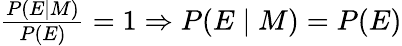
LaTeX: \textstyle{\frac{P(E\mid M)}{P(E)}}=1\Rightarrow\textstyle P(E\mid M)=P(E)